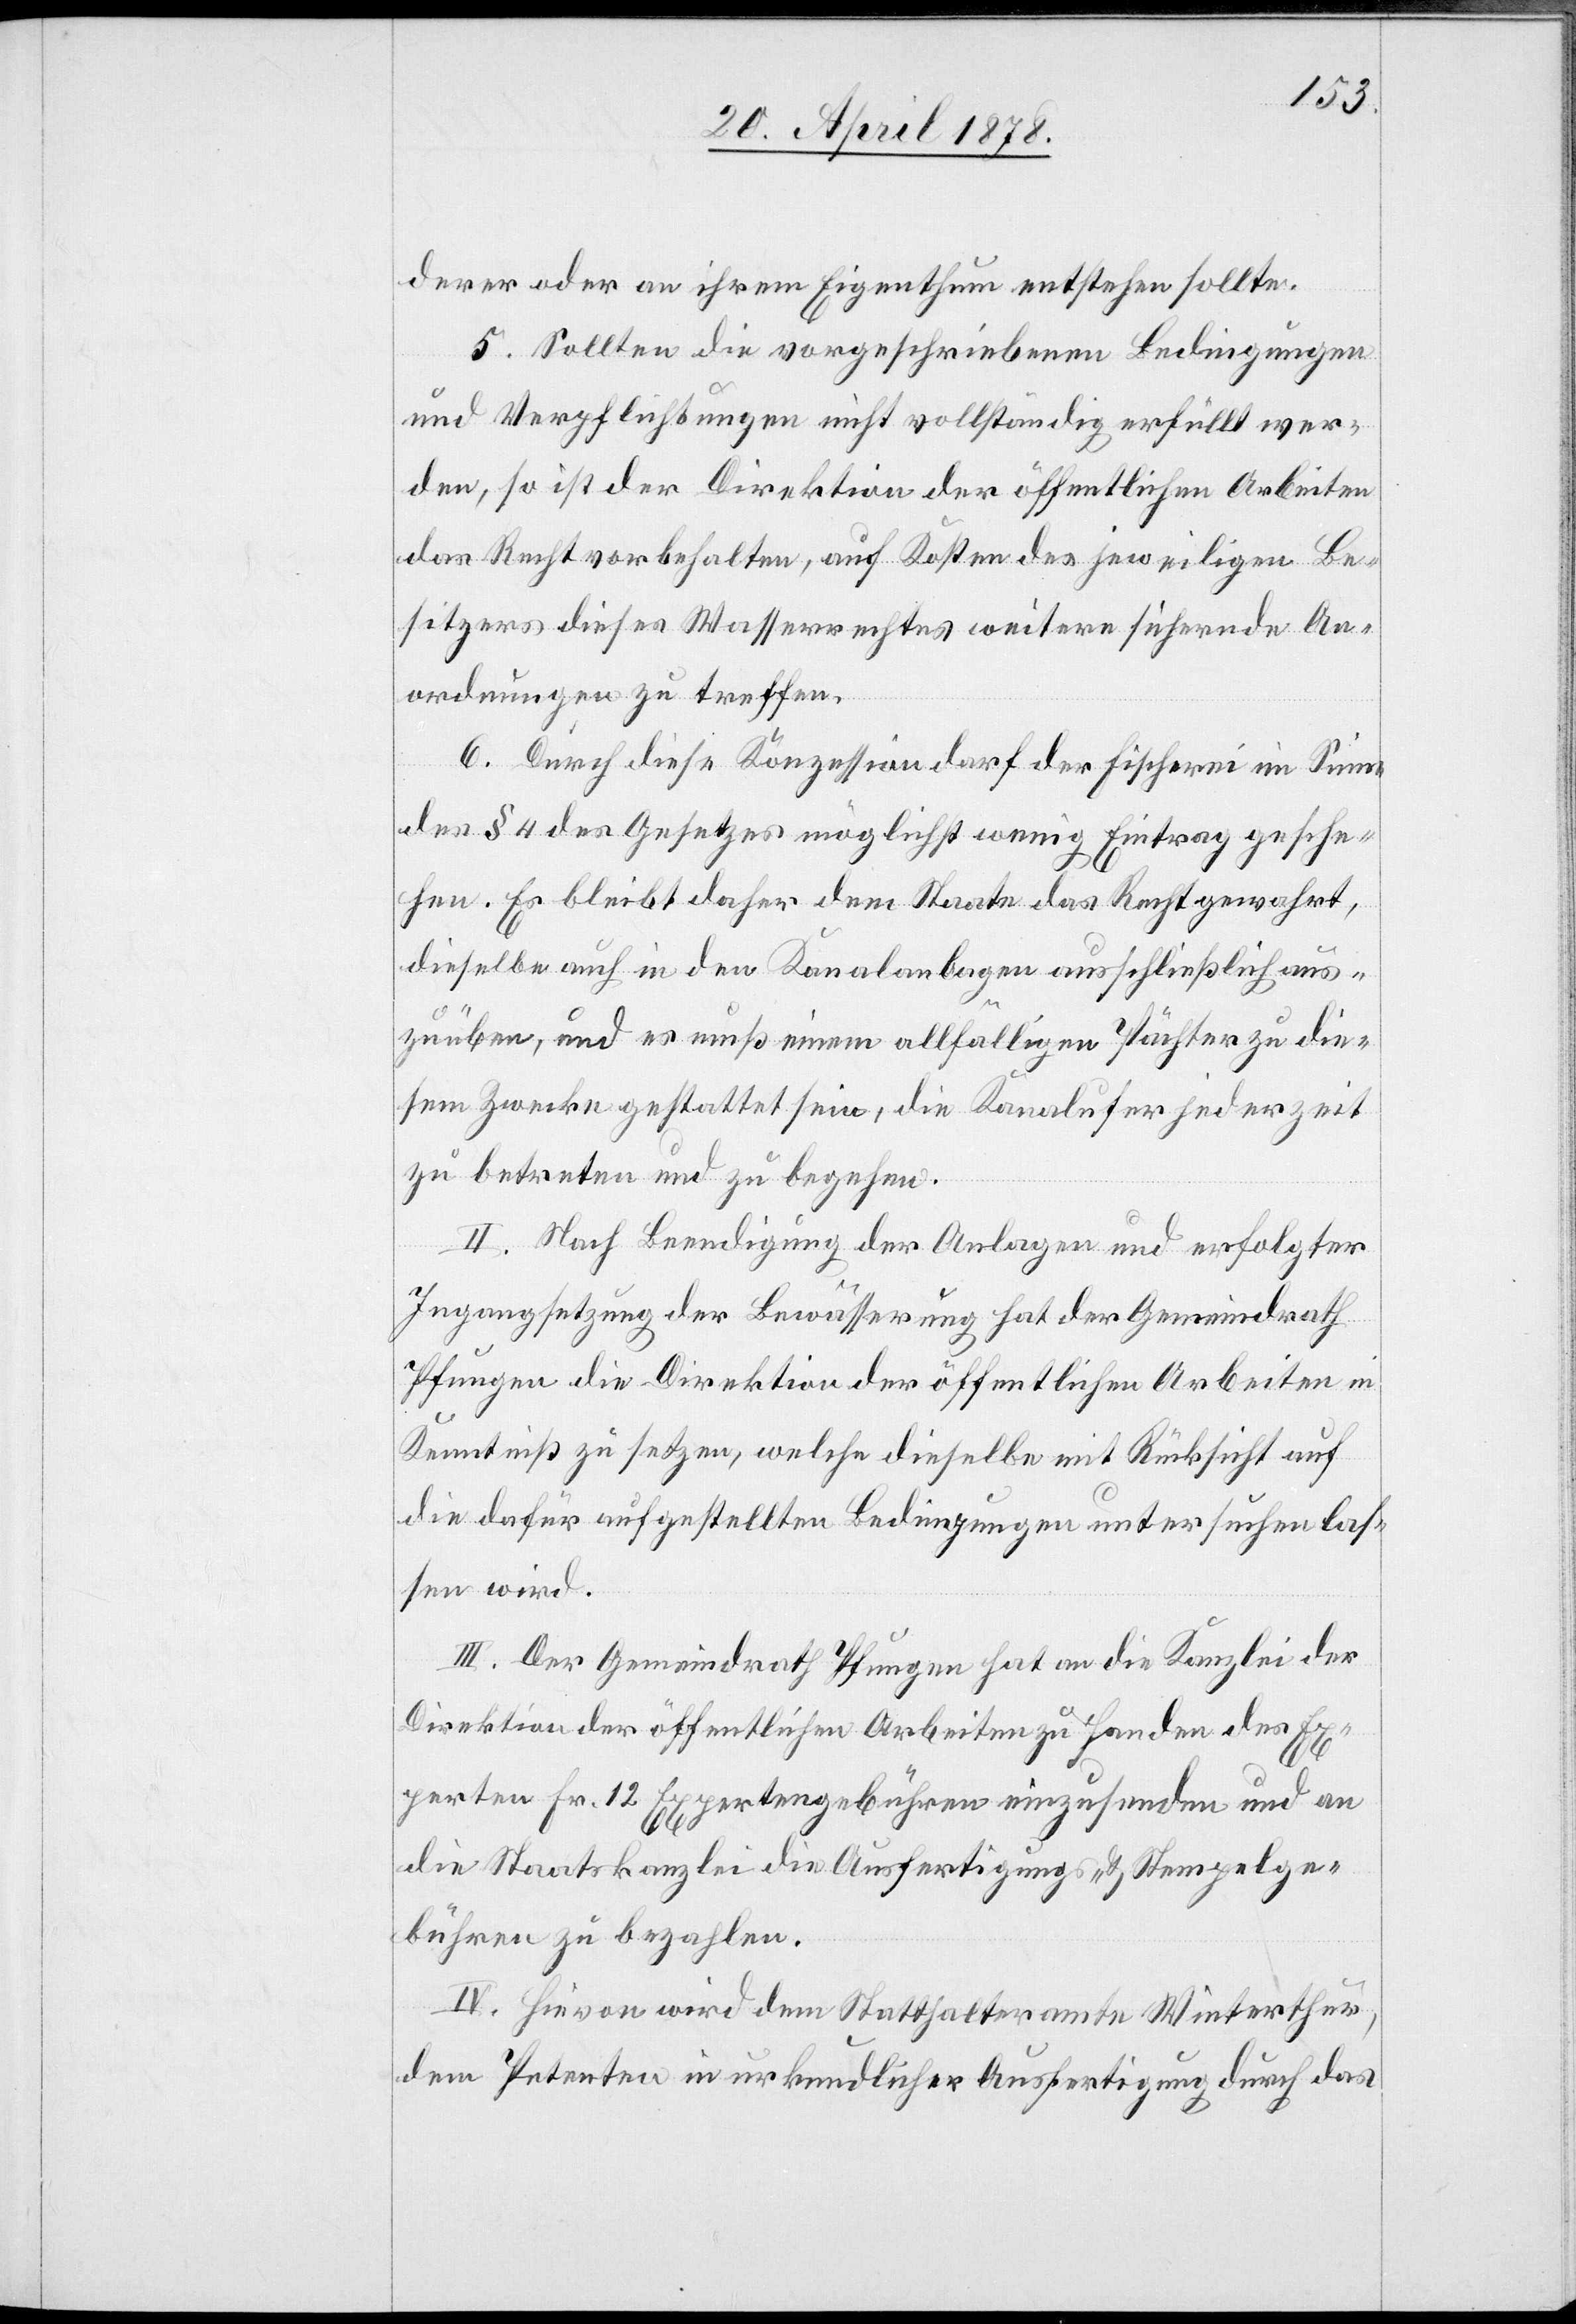
derer oder an ihrem Eigenthum entstehen sollte.
5. Sollten die vorgeschriebenen Bedingungen
und Verpflichtungen nicht vollständig erfüllt wer¬
den, so ist der Direktion der öffentlichen Arbeiten
das Recht vorbehalten, auf Kosten des jeweiligen Be¬
sitzers dieses Wasserrechtes weitere sichernde An¬
ordnungen zu treffen.
6. Durch diese Konzession darf der Fischerei im Sinne
des § 4 des Gesetzes möglichst wenig Eintrag gesche¬
hen. Es bleibt daher dem Staate das Recht gewahrt,
dieselbe auch in den Kanalanlagen ausschließlich aus¬
zuüben, und es muß einem allfälligen Pächter zu die¬
sem Zwecke gestattet sein, die Kanalufer jederzeit
zu betreten und zu begehen.
II. Nach Beendigung der Anlagen und erfolgter
Ingangsetzung der Bewässerung hat der Gemeindrath
Pfungen die Direktion der öffentlichen Arbeiten in
Kenntniß zu setzen, welche dieselbe mit Rücksicht auf
die dafür aufgestellten Bedingungen untersuchen las¬
sen wird.
III. Der Gemeindrath Pfungen hat an die Kanzlei der
Direktion der öffentlichen Arbeiten zu Handen des Ex¬
perten Fr. 12 Expertengebühren einzusenden und an
die Staatskanzlei die Ausfertigungs- & Stempelge¬
bühren zu bezahlen.
IV. Hievon wird dem Statthalteramte Winterthur,
dem Petenten in urkundlicher Ausfertigung durch das